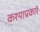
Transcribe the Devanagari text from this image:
कश्याप्रकारे